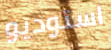
استوديو